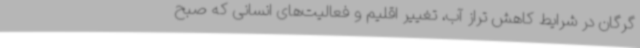
گرگان در شرایط کاهش تراز آب، تغییر اقلیم و فعالیت‌های انسانی که صبح